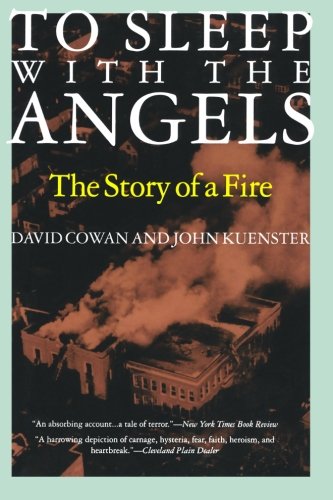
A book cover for To Sleep with the Angels: The Story of a Fire; David Cowan; Biographies & Memoirs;